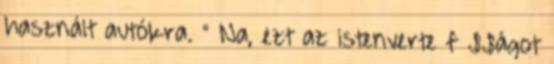
használt autókra. " Na, ezt az istenverte f $$ágot